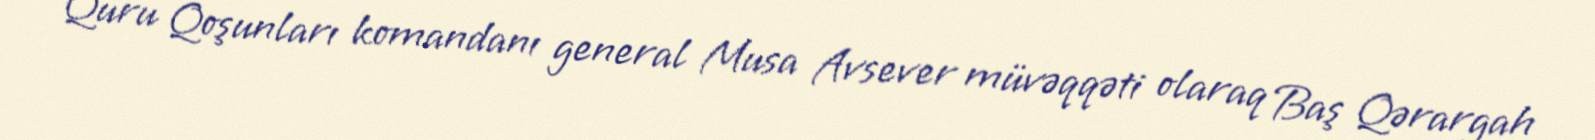
Quru Qoşunları komandanı general Musa Avsever müvəqqəti olaraq Baş Qərargah